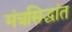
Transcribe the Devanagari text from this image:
मंत्रसिद्धांत